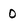
Character: O